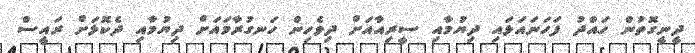
ދީނީގޮތުން ހައްދު ފަހަނައަޅައި ދިޔުމާއި ސީރިއާއަށް ދިވެހިން ހަނގުރާމައަށް ދިޔުމާއި ދެކޮޅަށް ރައީސް